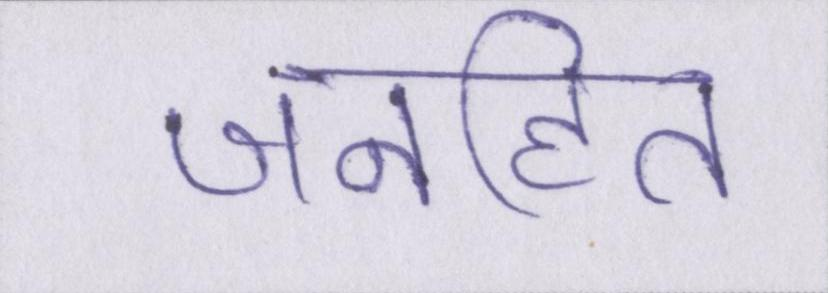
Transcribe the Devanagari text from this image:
जनहित